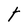
Character: t